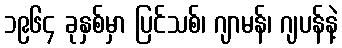
၁၉၆၄ ခုနှစ်မှာ ပြင်သစ်၊ ဂျာမန်၊ ဂျပန်နဲ့